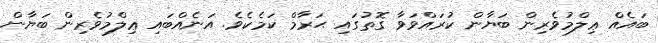
ބައެއް ޢިލްމުވެރިން ބަޔާން ކުރައްވަވާ ގޮތުގައި ޙަރާމް ކަމެކެވެ. އަނެއްބައި ޢިލްމުވެރިން ބަޔާން